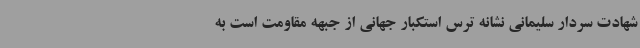
شهادت سردار سلیمانی نشانه ترس استکبار جهانی از جبهه مقاومت است به